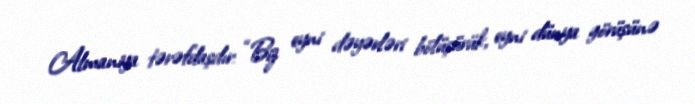
Almaniya tərəfdaşdır: “Biz eyni dəyərləri bölüşürük, eyni dünya görüşünə